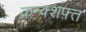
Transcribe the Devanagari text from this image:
क्रन्क्शफ़्त